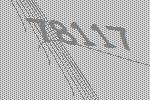
78117